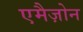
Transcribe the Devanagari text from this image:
एमैज़ोन